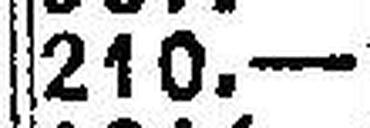
210.—